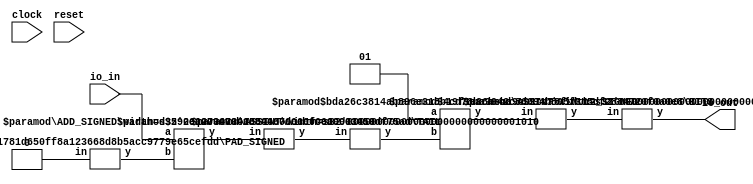
module RingModule(
    input clock,
    input reset,
    input [9:0] io_in,
    output [9:0] io_out
);
    wire [10:0] _T_6;
    wire [9:0] _WTEMP_0;
    PAD_SIGNED #(.width(1), .n(10)) s_pad_1 (
        .y(_WTEMP_0),
        .in(1'sh0)
    );
    ADD_SIGNED #(.width(10)) s_add_2 (
        .y(_T_6),
        .a(io_in),
        .b(_WTEMP_0)
    );
    wire [9:0] _T_7;
    TAIL #(.width(11), .n(1)) tail_3 (
        .y(_T_7),
        .in(_T_6)
    );
    wire [9:0] _T_8;
    ASSINT #(.width(10)) assint_4 (
        .y(_T_8),
        .in(_T_7)
    );
    wire [11:0] _T_9;
    MUL2_SIGNED #(.width_a(2), .width_b(10)) s_mul2_5 (
        .y(_T_9),
        .a(2'sh1),
        .b(_T_8)
    );
    wire [9:0] _WTEMP_1;
    BITS #(.width(12), .high(9), .low(0)) bits_6 (
        .y(_WTEMP_1),
        .in(_T_9)
    );
    ASSINT #(.width(10)) assint_7 (
        .y(io_out),
        .in(_WTEMP_1)
    );
endmodule //RingModule
module PAD_SIGNED(y, in);
    parameter width = 4;
    parameter n = 4;
    output [(n > width ? n : width)-1:0] y;
    input [width-1:0] in;
    assign y = n > width ? {{(n - width){in[width-1]}}, in} : in;
endmodule // PAD_SIGNED
module ADD_SIGNED(y, a, b);
    parameter width = 4;
    output [width:0] y;
    input [width-1:0] a;
    input [width-1:0] b;
    assign y = $signed(a) + $signed(b);
endmodule // ADD_SIGNED
module TAIL(y, in);
    parameter width = 4;
    parameter n = 2;
    output [width-n-1:0] y;
    input [width-1:0] in;
    assign y = in[width-n-1:0];
endmodule // TAIL
module ASSINT(y, in);
    parameter width = 4;
    output [width-1:0] y;
    input [width-1:0] in;
    assign y = $signed(in);
endmodule // ASSINT
module MUL2_SIGNED(y, a, b);
    parameter width_a = 4;
    parameter width_b = 4;
    output [width_a+width_b-1:0] y;
    input [width_a-1:0] a;
    input [width_b-1:0] b;
    assign y = $signed(a) * $signed(b);
endmodule // MUL2_SIGNED
module BITS(y, in);
    parameter width = 4;
    parameter high = 2;
    parameter low = 0;
    output [high-low:0] y;
    input [width-1:0] in;
    assign y = in[high:low];
endmodule // BITS